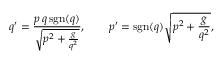
q ^ { \prime } = \frac { p \, q \, \mathrm { s g n } ( q ) } { \sqrt { p ^ { 2 } + \frac { g } { q ^ { 2 } } } } , \qquad p ^ { \prime } = \mathrm { s g n } ( q ) \sqrt { p ^ { 2 } + \frac { g } { q ^ { 2 } } } ,